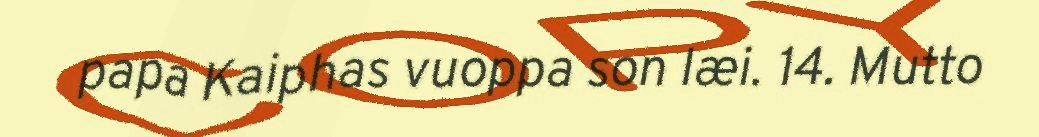
papa Kaiphas vuoppa son læi. 14. Mutto